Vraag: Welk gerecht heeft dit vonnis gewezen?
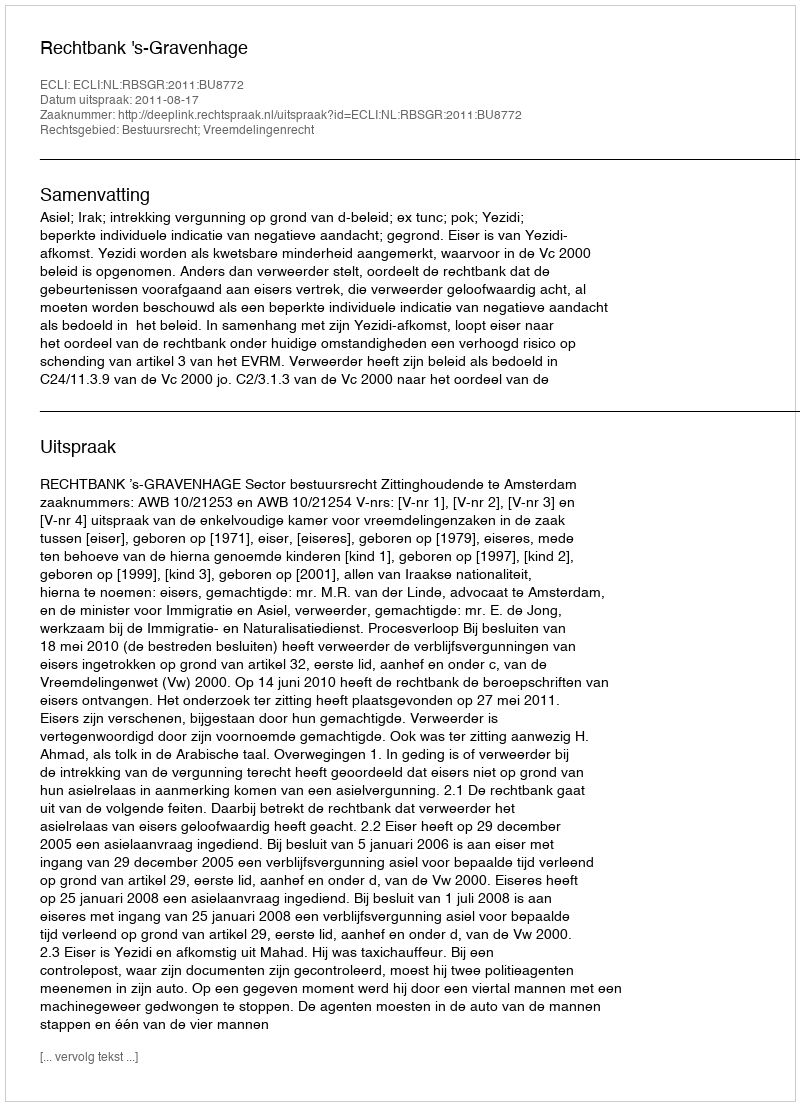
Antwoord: Rechtbank 's-Gravenhage